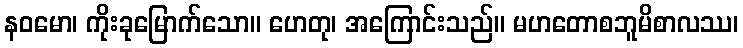
နဝမော၊ ကိုးခုမြောက်သော။ ဟေတု၊ အကြောင်းသည်။ မဟတောစဘူမိစာလဿ၊